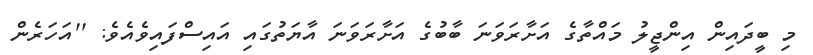
މި ބީދައިން އިންޖީލު މައްތާގެ އަށާރަވަނަ ބާބުގެ އަށާރަވަނަ އާޔަތުގައި އައިސްފައިވެއެވެ: ''އަހަރެން